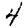
Digit: 4